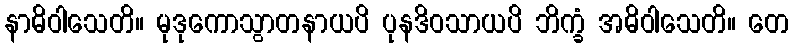
နာဓိဝါသေတိ။ မုဒုကောသွာတနာယပိ ပုနဒိဝသာယပိ ဘိက္ခံ အဓိဝါသေတိ။ တေ